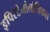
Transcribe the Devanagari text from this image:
इपिस्टेमोलॉजिकल